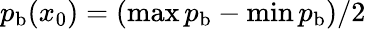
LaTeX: {p}_{\mathrm{b}}(x_{0})=(\operatorname*{max}{p}_{\mathrm{b}}-\operatorname*{min}{p}_{\mathrm{b}})/2